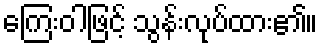
ကြေးဝါဖြင့် သွန်းလုပ်ထား၏။